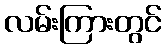
လမ်းကြားတွင်